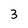
Character: 3